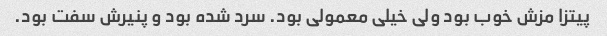
پیتزا مزش خوب بود ولی خیلی معمولی بود. سرد شده بود و پنیرش سفت بود.